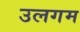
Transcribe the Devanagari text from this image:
उलगम